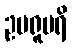
ဥပရူပရိ